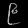
Digit: ၉